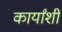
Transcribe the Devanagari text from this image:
कार्यांशी